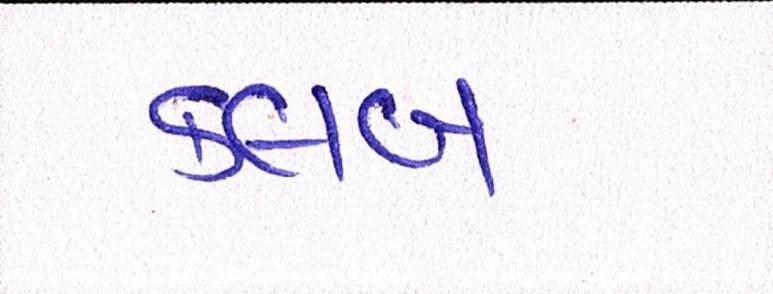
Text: ક્લબ